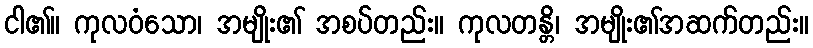
ငါ၏။ ကုလဝံသော၊ အမျိုး၏ အစပ်တည်း။ ကုလတန္တိ၊ အမျိုး၏အဆက်တည်း။